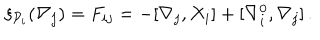
\xi _ { { \cal P } _ { i } } ( \nabla _ { j } ) = F _ { i j } = - [ \nabla _ { j } , X _ { i } ] + [ \nabla _ { i } ^ { 0 } , \nabla _ { j } ] \, .